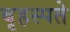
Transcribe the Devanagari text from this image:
बृहस्पते